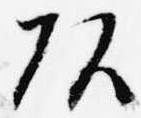
頭